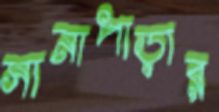
সানাপাড়ার